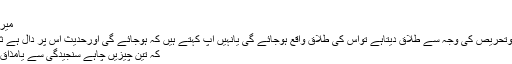
اس بحث سے قطع نظر
میرسوال صرف اس قدر ہے
اگرکوئی شخص ترغیب وتحریص کی وجہ سے طلاق دیتاہے تواس کی طلاق واقع ہوجائے گی یانہیں آپ کہتے ہیں کہ ہوجائے گی اورحدیث اس پر دال ہے ثلاث جدھن جد وہزلہن جد
کہ تین چیزیں چاہے سنجیدگی سے یامذاق سے وہ واقع ہوجاتی ہیں۔